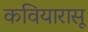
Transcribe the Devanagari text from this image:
कवियारासू